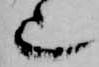
也